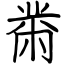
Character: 黹